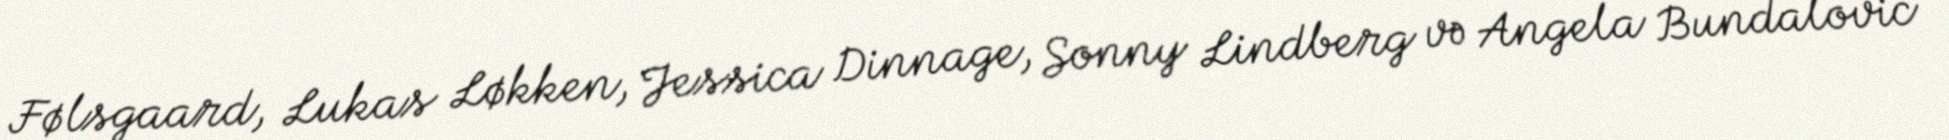
Følsgaard, Lukas Løkken, Jessica Dinnage, Sonny Lindberg və Angela Bundalovic